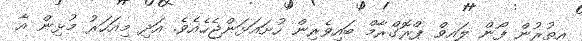
އިތުރުން ފޯން ލައިވް ޕްރޮގްރާމް ބައިވެރިން ހުށައަޅަންޖެހެއެވެ. އަދި މިއަހަރު މުޅިން އާ